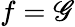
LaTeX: f=\mathscr{G}